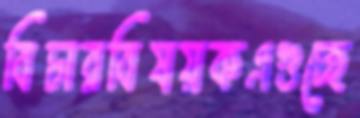
বিচারবিষয়কএগুচ্ছে